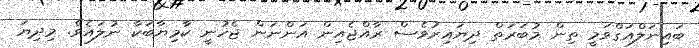
ބައިނަލްއަގްވަމީ ތިން މުބަރަތް ދިޔައިރުވެސް ރާއްޖެއިން އަންނަން ޖެހުނީ ކާމިޔާބަކާ ނުލައެވެ. މިދިޔަ